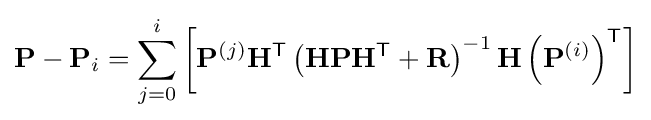
\mathbf {P} -\mathbf {P} _{i}=\sum _{j=0}^{i}\left[\mathbf {P} ^{(j)}\mathbf {H} ^{\textsf {T}}\left(\mathbf {H} \mathbf {P} \mathbf {H} ^{\textsf {T}}+\mathbf {R} \right)^{-1}\mathbf {H} \left(\mathbf {P} ^{(i)}\right)^{\textsf {T}}\right]